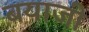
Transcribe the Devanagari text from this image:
बयाजी